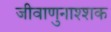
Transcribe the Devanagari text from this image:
जीवाणुनाश्शक